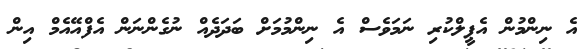
އެ ނިންމުން އެޕީލްކުރި ނަމަވެސް އެ ނިންމުމަށް ބަދަދެއް ނުގެންނަން އެފްއޭއެމް އިން